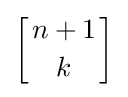
\left[{n+1 \atop k}\right]